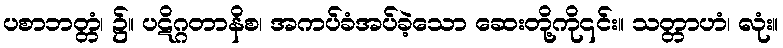
ပစာဘတ္တံ၊ ၌။ ပဋိဂ္ဂတာနိစ၊ အကပ်ခံအပ်ခဲ့သော ဆေးတို့ကို၎င်း။ သတ္တာဟံ၊ လုံး။